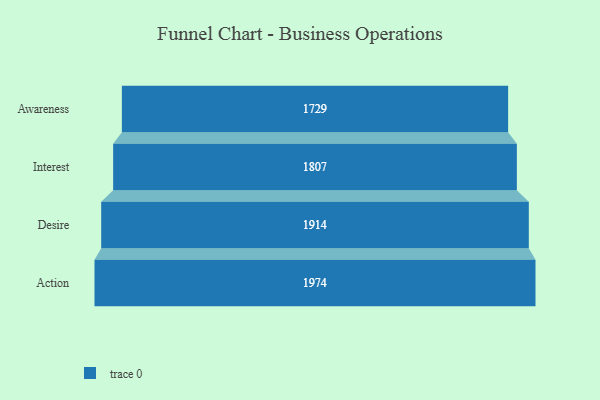
{"axis": {"x": "Stage", "y": "Value"}, "legend": [""], "data": [{"x": "Awareness", "y": 1729.0, "type": ""}, {"x": "Interest", "y": 1807.0, "type": ""}, {"x": "Desire", "y": 1914.0, "type": ""}, {"x": "Action", "y": 1974.0, "type": ""}]}